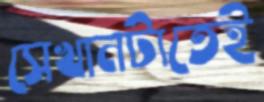
সেখানটাতেই